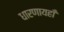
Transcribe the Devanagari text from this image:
धारणायहाँ